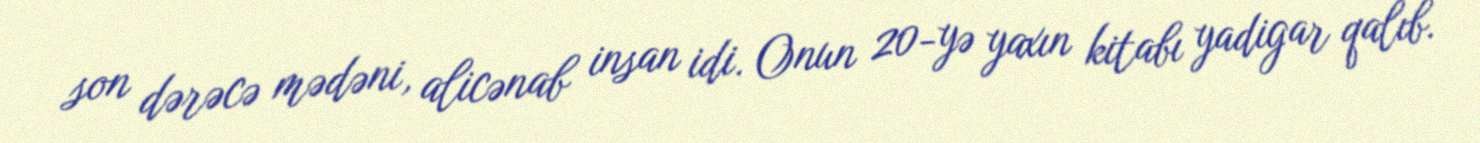
son dərəcə mədəni, alicənab insan idi. Onun 20-yə yaxın kitabı yadigar qalıb.